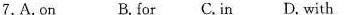
7.A.on B.for C.in D. with